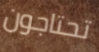
تحتاجون